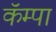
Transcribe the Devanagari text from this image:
कॅम्पा